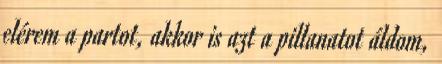
elérem a partot, akkor is azt a pillanatot áldom,